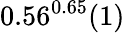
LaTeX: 0.56^{0.65}(1)